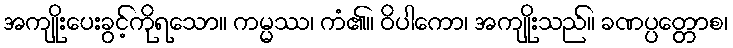
အကျိုးပေးခွင့်ကိုရသော။ ကမ္မဿ၊ ကံ၏။ ဝိပါကော၊ အကျိုးသည်။ ခဏပ္ပတ္တောစ၊